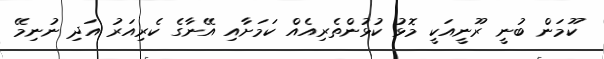
ކޫމަން ބުނީ ރޫނީއަކީ މޮޅު ކުޅުންތެރިއެއް ކަމަށާއި އޭނާގެ ކެރިއަރު އަދި ނުނިމޭ